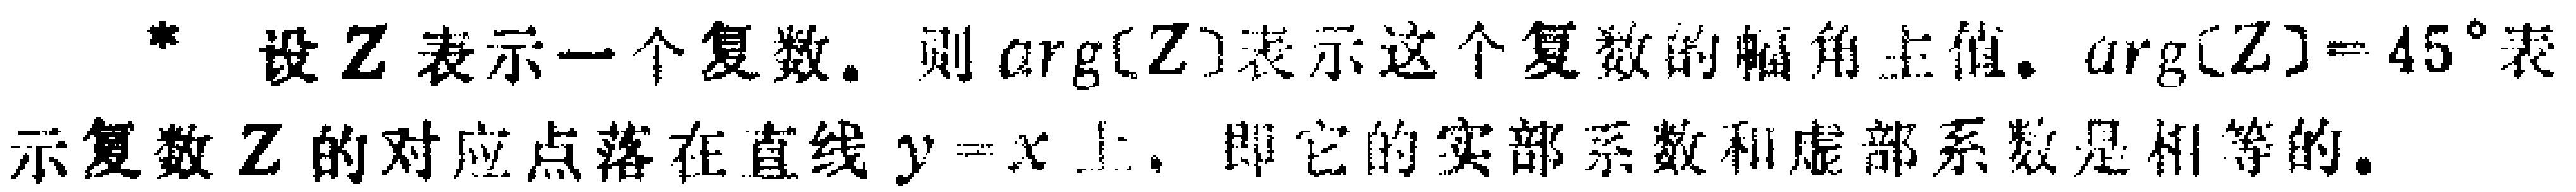
设\(Z\)表示一个复数。则\(\arg(Z)\)表示这个复数的幅角主值。\(\arg(Z) = 45^{\circ}\)表示复数\(Z\)的对应点落在直线\(y = x\)上，即它的实部系数和虚部系数是相等的。